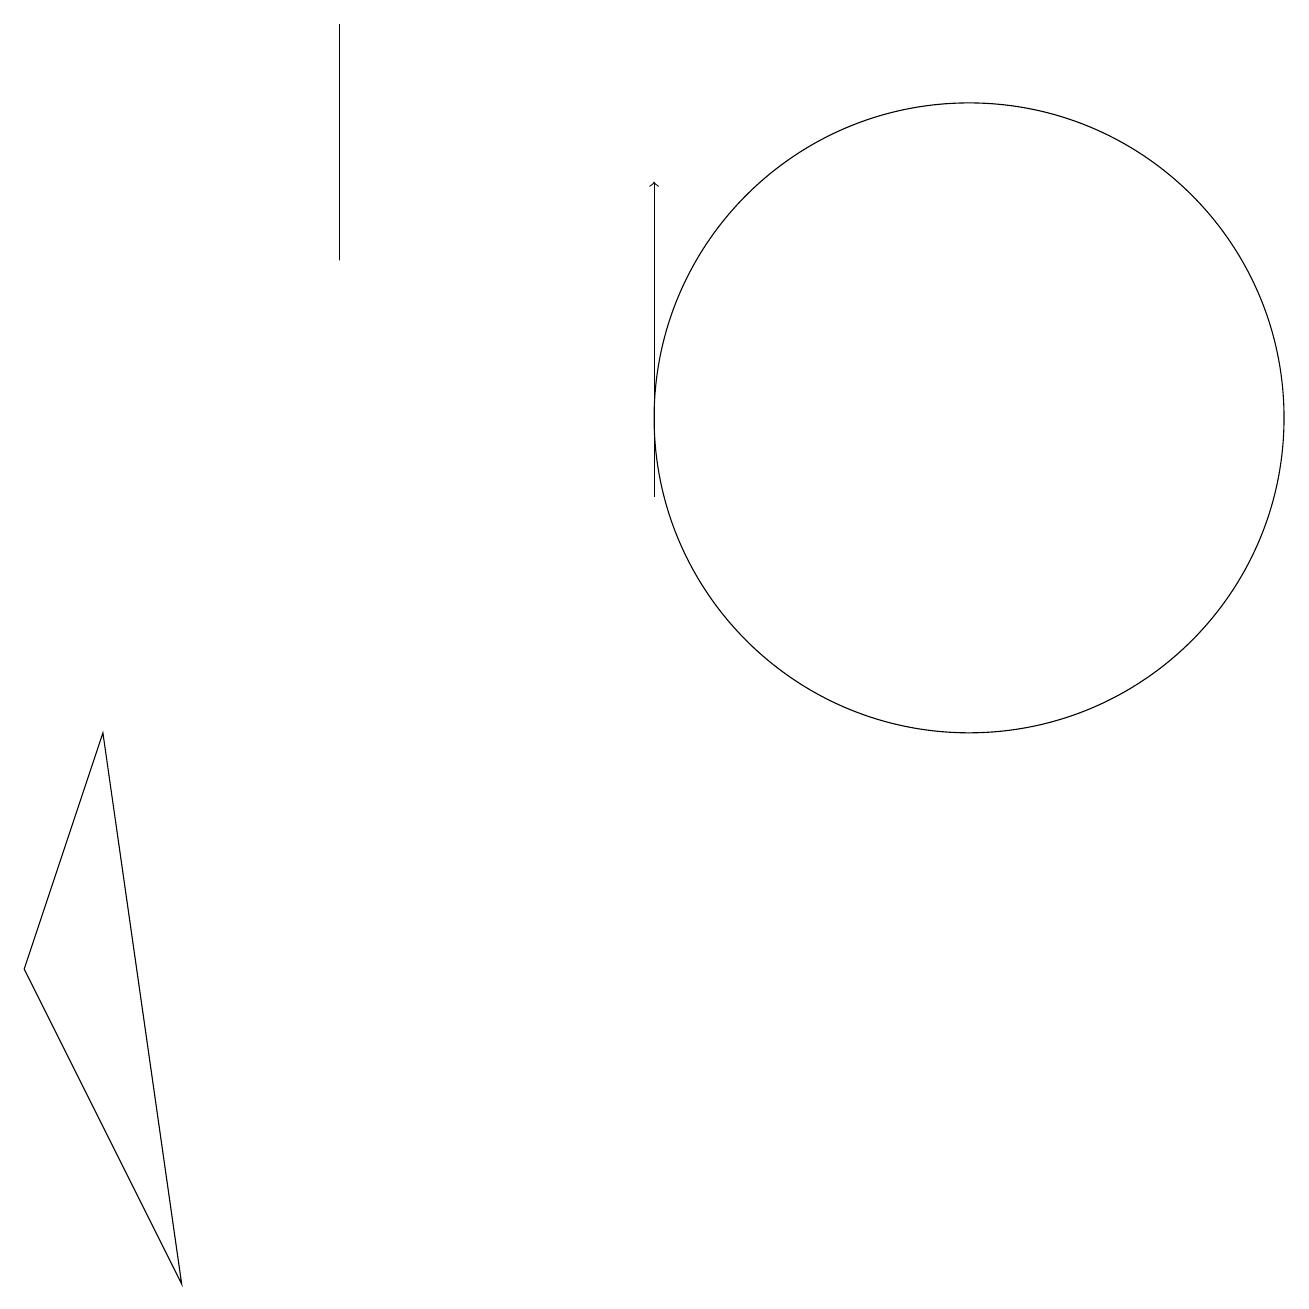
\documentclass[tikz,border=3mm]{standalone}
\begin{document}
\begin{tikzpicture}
\draw (12,12) circle (4);
\draw (4,17) rectangle (4,14);
\draw (2,1) -- (0,5) -- (1,8) -- cycle;
\draw[->] (8,11) -- (8,15);
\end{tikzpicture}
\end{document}